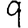
Digit: 9